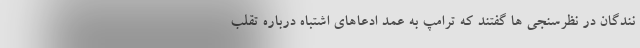
نندگان در نظرسنجی ها گفتند که ترامپ به عمد ادعاهای اشتباه درباره تقلب